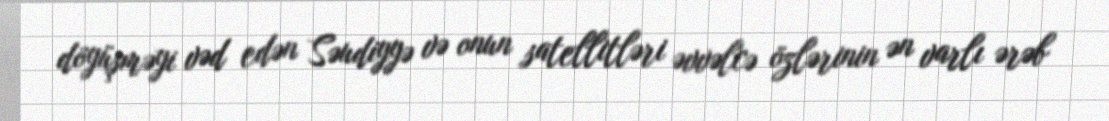
döyüşməyi vəd edən Səudiyyə və onun satellitləri əvvəlcə özlərinin ən varlı ərəb